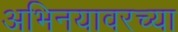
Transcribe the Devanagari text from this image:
अभिनयावरच्या